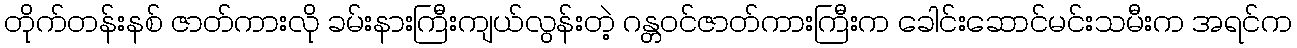
တိုက်တန်းနစ် ဇာတ်ကားလို ခမ်းနားကြီးကျယ်လွန်းတဲ့ ဂန္တဝင်ဇာတ်ကားကြီးက ခေါင်းဆောင်မင်းသမီးက အရင်က